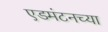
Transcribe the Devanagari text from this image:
एडमंटनच्या